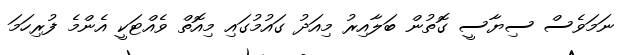
ނަމަވެސް ސިޔާސީ ގޮތުން ބަލާއިރު މިއަދު ގައުމުގައި މިއޮތް ވެއްޓަކީ އެންމެ ފުރިހަމަ